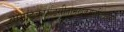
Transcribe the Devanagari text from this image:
वामाङ्कारूढसीतामुखकमलमिलल्लोचनं